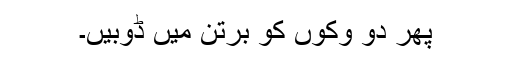
پھر دو وکوں کو برتن میں ڈوبیں۔